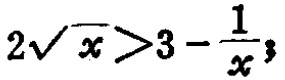
\(2\sqrt{x}>3 - \frac{1}{x}\)